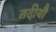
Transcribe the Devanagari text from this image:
तदीयौ